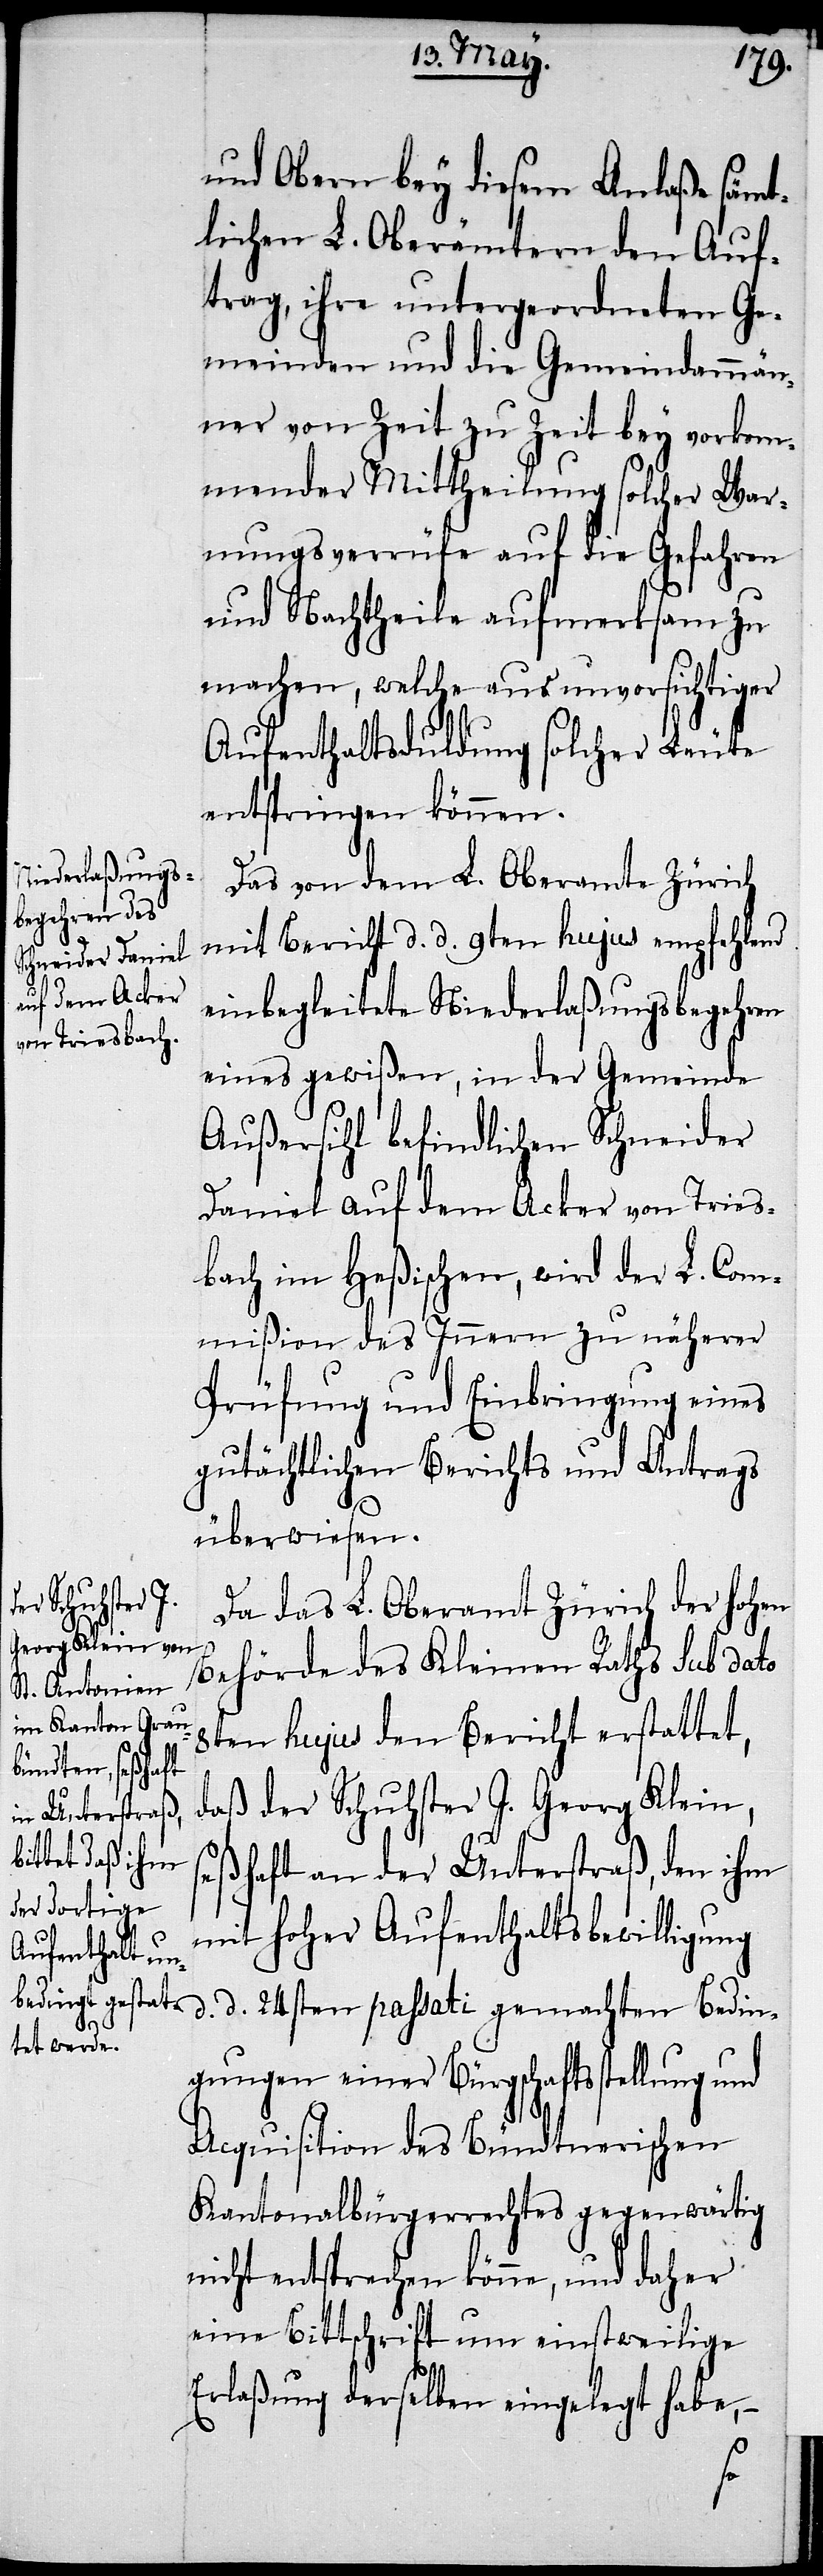
und Obern bey diesem Anlaße sämt¬
lichen L. Oberämtern den Auf¬
trag, ihre untergeordneten Ge¬
meinden und die Gemeindammän¬
ner von Zeit zu Zeit bey vorkom¬
mender Mittheilung solcher War¬
nungsverrüfe auf die Gefahren
und Nachtheile aufmerksam zu
machen, welche aus unvorsichtiger
Aufenthaltsduldung solcher Leute
entspringen können.
Das von dem L. Oberamte Zürich
mit Bericht d. d. 9ten hujus empfehlend
einbegleitete Niederlaßungsbegehren
eines gewißen, in der Gemeinde
Außersihl befindlichen Schneider
Daniel auf dem Acker von Tries¬
bach im Heßischen, wird der L. Com¬
mißion des Innern zu näherer
Prüfung und Einbringung eines
gutächtlichen Berichts und Antrags
überwiesen.
Da das L. Oberamt Zürich der hohen
Behörde des Kleinen Raths sub dato
8ten hujus den Bericht erstattet,
daß der Schuhster J. Georg Klein,
seßhaft an der Unterstraß, den ihm
mit hoher Aufenthaltsbewilligung
d. d. 24sten passati gemachten Bedin¬
gungen einer Bürgerschaftsstellung
Acquisition des Bündtnerischen
Kantonalbürgerrechtes gegenwärtig
nicht entsprechen könne, und daher
eine Bittschrift um einstweilige
Erlaßung derselben eingelegt habe,